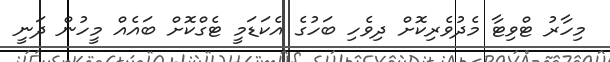
މިހާރު ޓްވިޓާ މެދުވެރިކޮށް ދިވެހި ބަހުގެ އެކަޑަމީ ޓެގްކޮށް ބައެއް މީހުން ދަނީ